65_HS1-834228961_62-HQ-83894_Section_6
Agency: FBI
Page 249
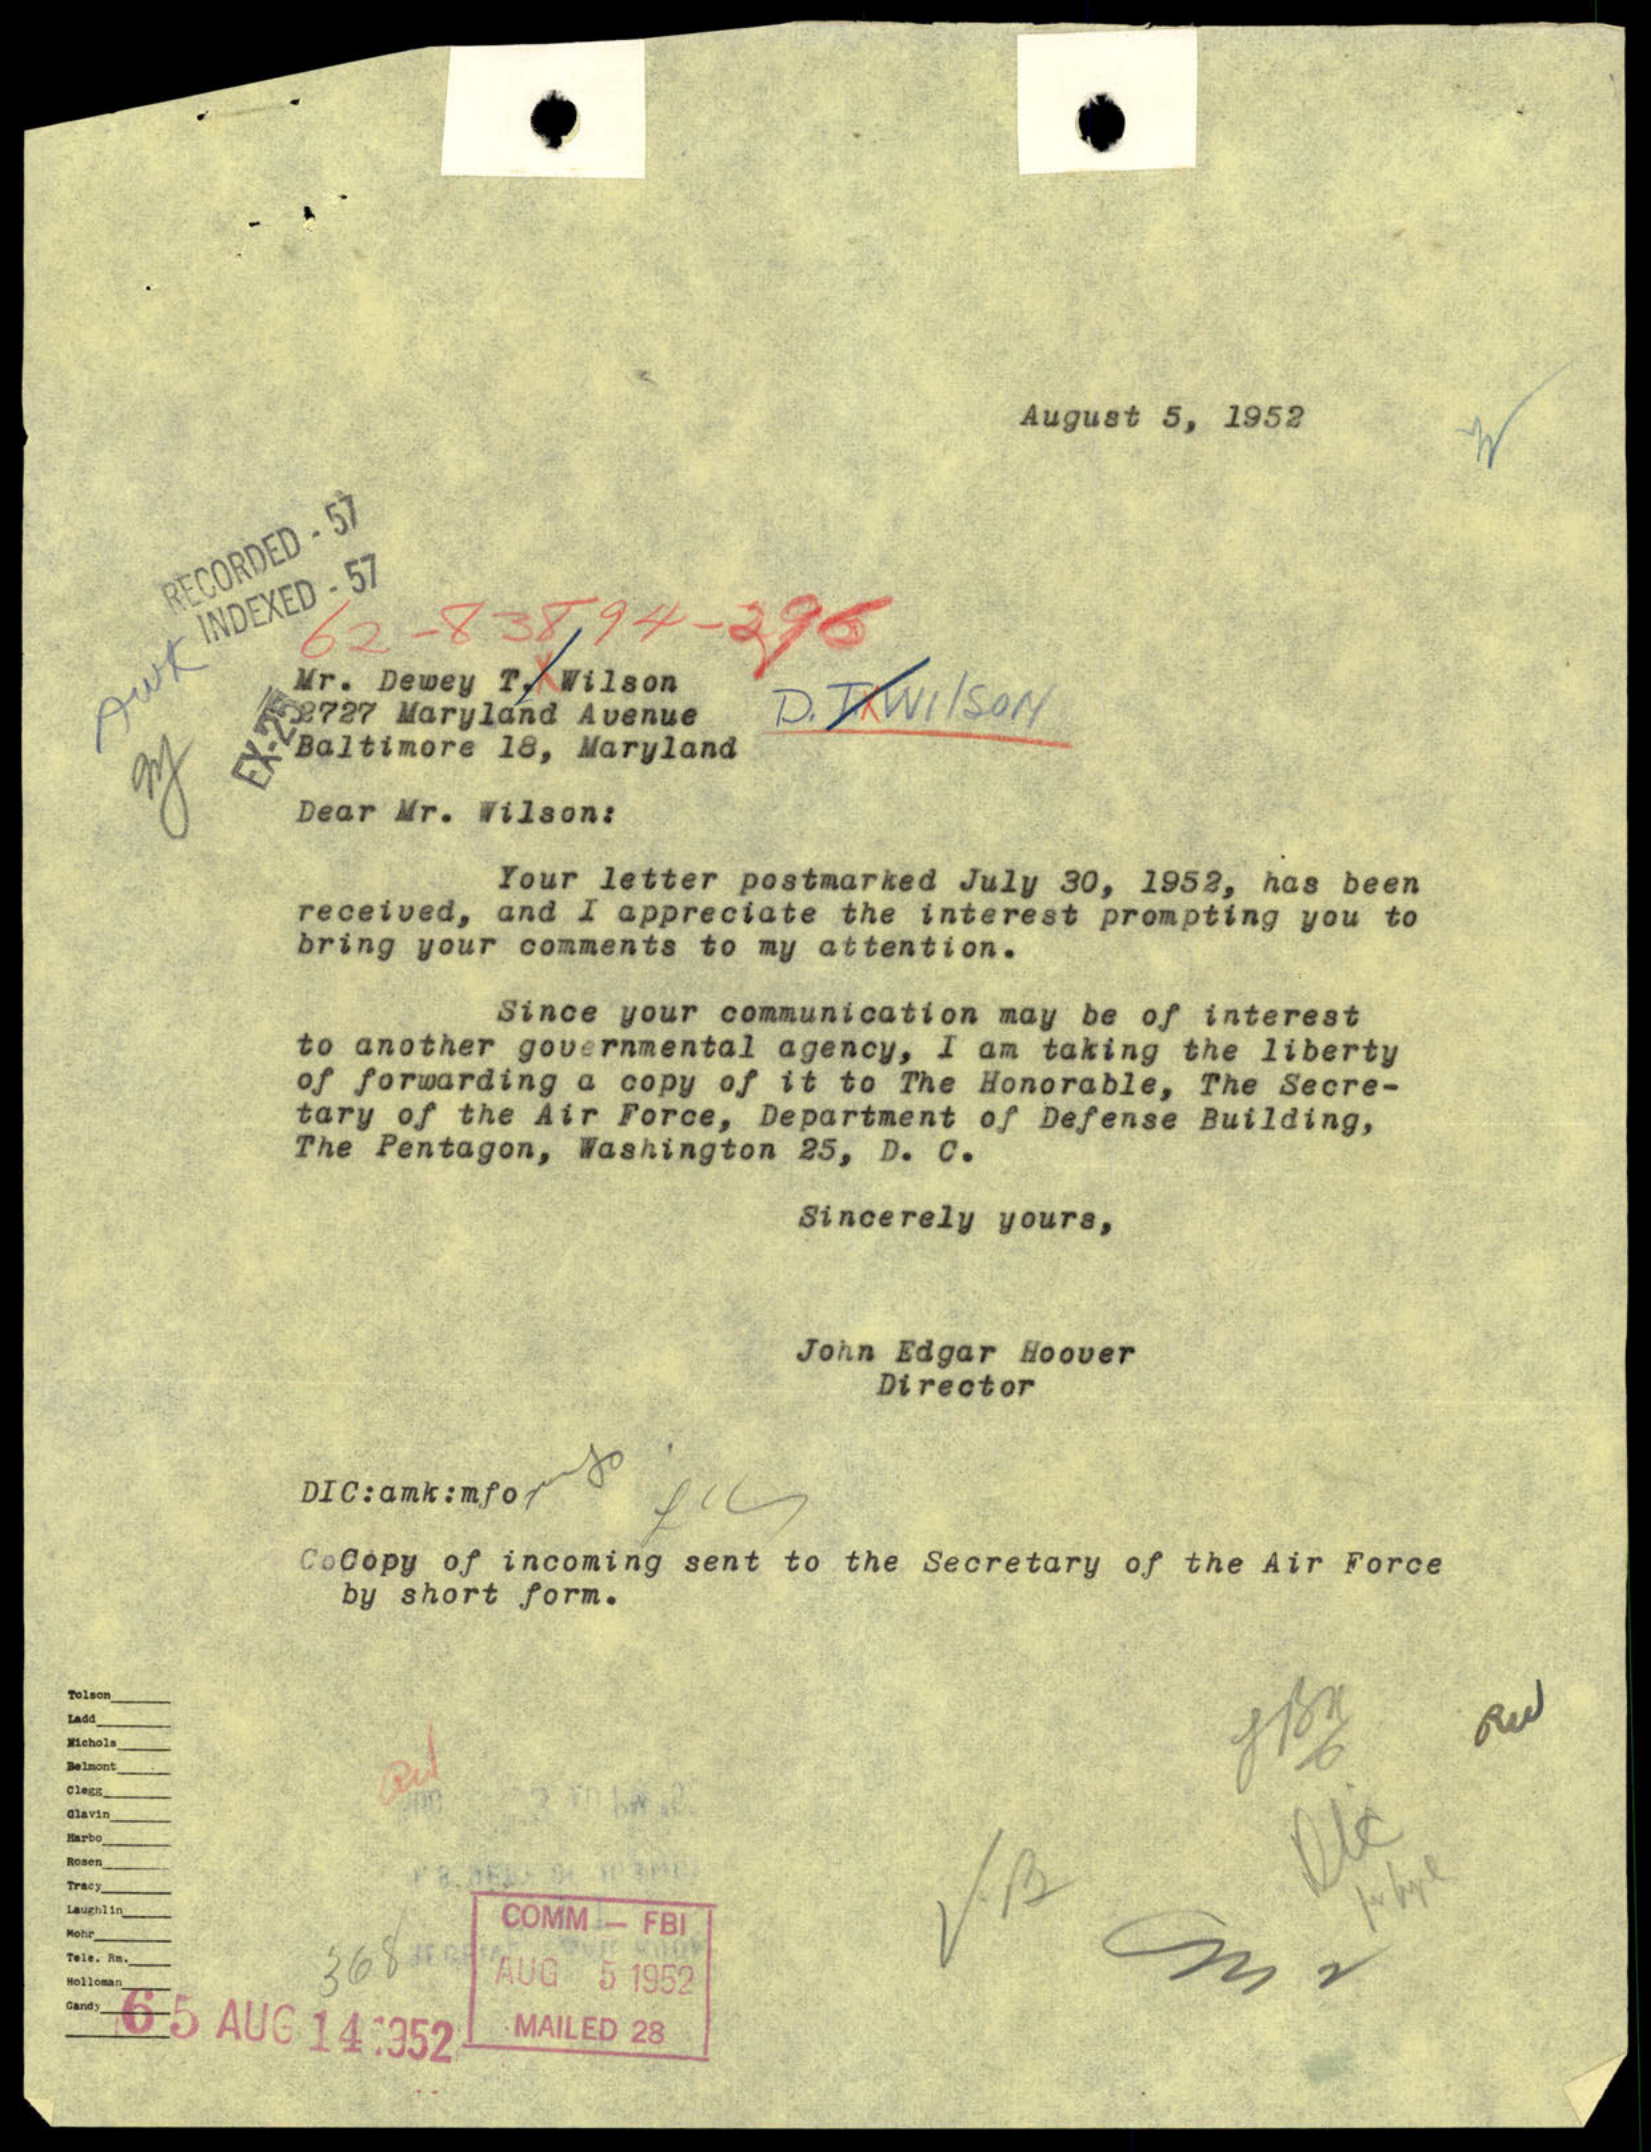